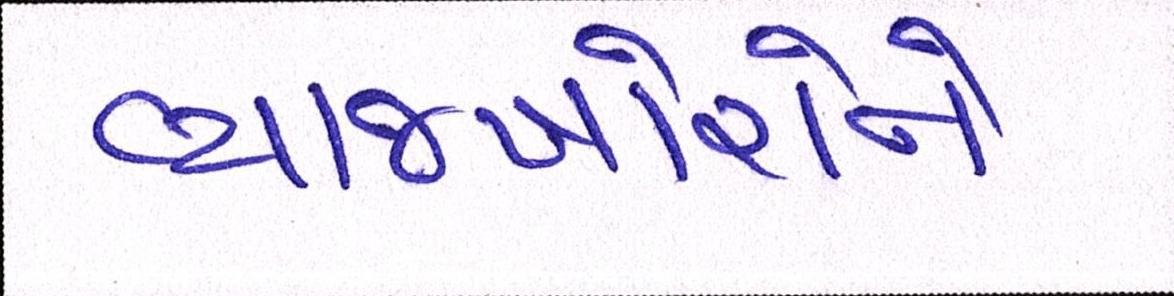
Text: વ્યાજખોરોને